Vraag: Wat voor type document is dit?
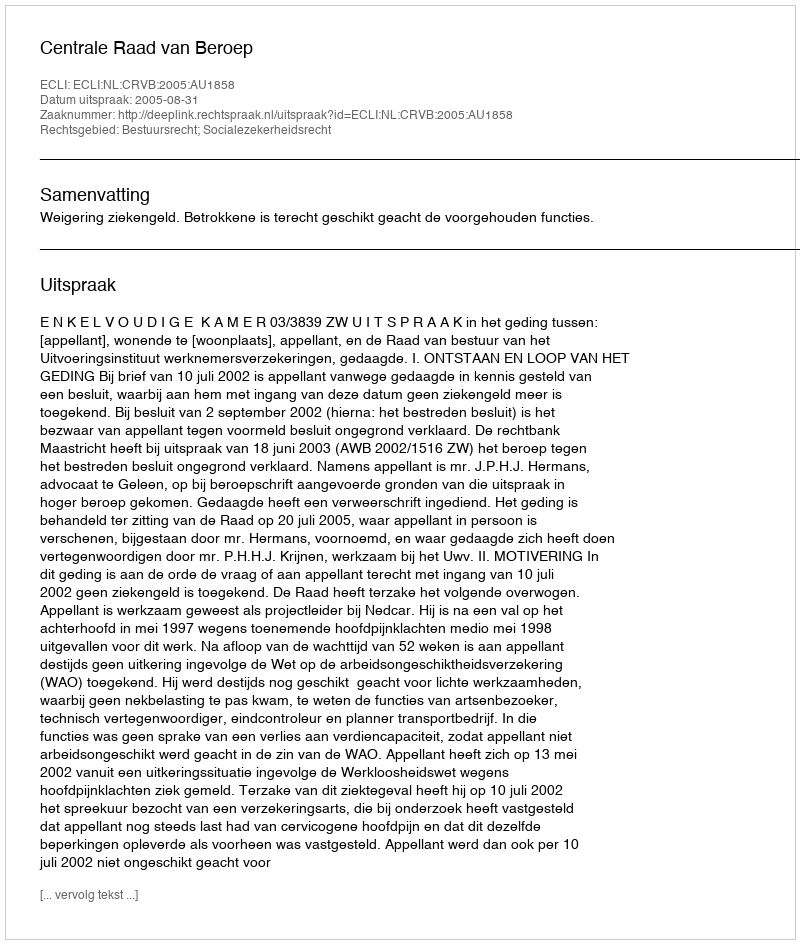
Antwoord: Uitspraak